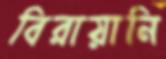
বিরায়ানি